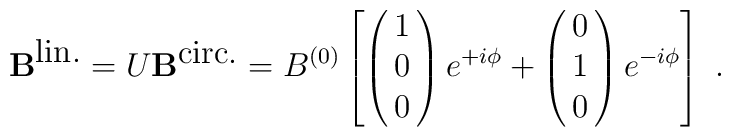
{\bf B}^{\mbox{lin.}} = U {\bf B}^{\mbox{circ.}} =B^{(0)} \left [ \pmatrix{1\cr 0\cr 0\cr} e^{+i\phi}+\pmatrix{0\cr 1\cr0\cr} e^{-i\phi} \right ]\ .